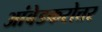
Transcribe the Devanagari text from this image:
आंबेडकरोत्तर